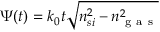
\Psi ( t ) = k _ { 0 } t \sqrt { n _ { s i } ^ { 2 } - n _ { \mathrm { ~ g ~ a ~ s ~ } } ^ { 2 } }